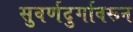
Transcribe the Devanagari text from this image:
सुवर्णदुर्गावरून